Civil Veterinary Dept. North-West Frontier Province 1901-22 - 1901-1922
Year: 1901
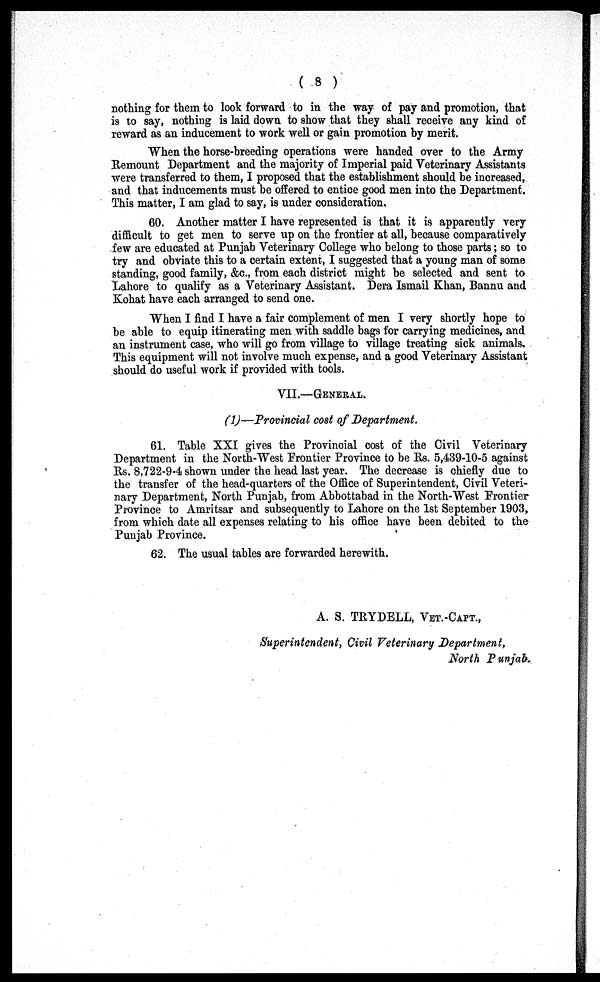
(8)
nothing for them to look forward to in the way of pay and promotion, that
is to say, nothing is laid down to show that they shall receive any kind of
reward as an inducement to work well or gain promotion by merit.
When the horse-breeding operations were handed over to the Army
Remount Department and the majority of Imperial paid Veterinary Assistants
were transferred to them, I proposed that the establishment should be increased,
and that inducements must be offered to entice good men into the Department.
This matter, I am glad to say, is under consideration.
60. Another matter I have represented is that it is apparently very
difficult to get men to serve up on the frontier at all, because comparatively
few are educated at Punjab Veterinary College who belong to those parts; so to
try and obviate this to a certain extent, I suggested that a young man of some
standing, good family, &c., from each district might be selected and sent to
Lahore to qualify as a Veterinary Assistant. Dera Ismail Khan, Bannu and
Kohat have each arranged to send one.
When I find I have a fair complement of men I very shortly hope to
be able to equip itinerating men with saddle bags for carrying medicines, and
an instrument case, who will go from village to village treating sick animals.
This equipment will not involve much expense, and a good Veterinary Assistant
should do useful work if provided with tools.
VII.—GENERAL.
(1)—Provincial cost of Department.
61. Table XXI gives the Provincial cost of the Civil Veterinary
Department in the North-West Frontier Province to be Rs. 5,439-10-5 against
Rs. 8,722-9-4 shown under the head last year. The decrease is chiefly due to
the transfer of the head-quarters of the Office of Superintendent, Civil Veteri-
nary Department, North Punjab, from Abbottabad in the North-West Frontier
Province to Amritsar and subsequently to Lahore on the 1st September 1903,
from which date all expenses relating to his office have been debited to the
Punjab Province.
62. The usual tables are forwarded herewith.
A. S. TRYDELL, VET.-CAPT.,
Superintendent, Civil Veterinary Department,
North Punjab.